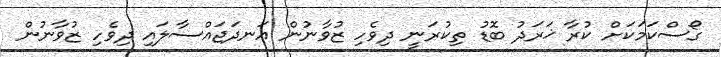
ގޯސްކަމަކަަށް ކުރާ ޚަރަދު ބޮޑު ތިކުރަނީ ދިވެހި ޒުވާނުން އަނދަޖައްސާލައި ދިވެހި ޒުވާނުން